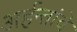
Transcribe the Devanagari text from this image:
अर्हन्तांचे